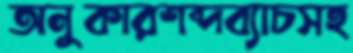
অনুকারশব্দব্যাচসহ